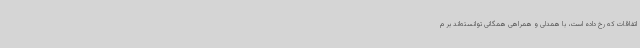
اتفاقات که رخ داده است، با همدلی و همراهی همگانی توانسته‌اند بر م